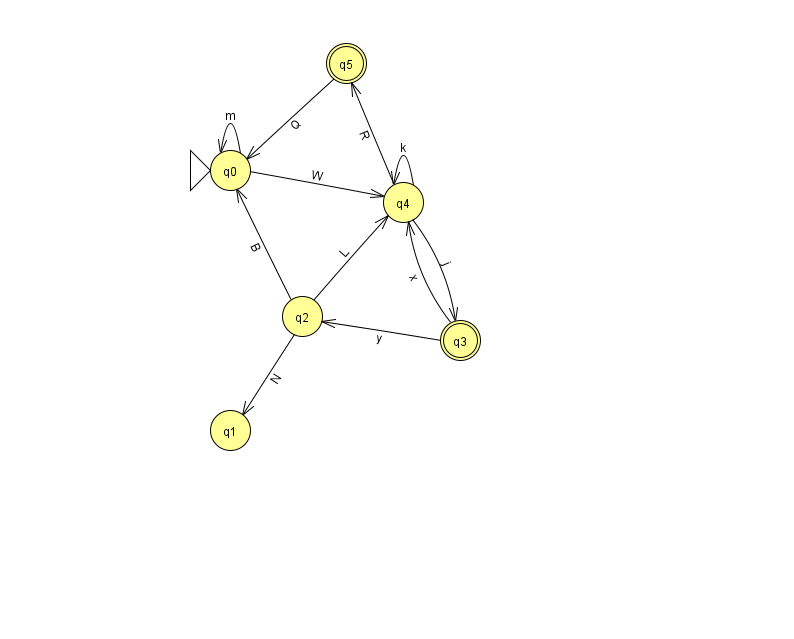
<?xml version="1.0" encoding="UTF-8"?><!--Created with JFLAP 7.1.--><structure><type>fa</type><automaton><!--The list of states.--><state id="0" name="q0"><x>230.0</x><y>157.0</y><initial/></state><state id="1" name="q1"><x>230.0</x><y>417.0</y></state><state id="2" name="q2"><x>302.0</x><y>303.0</y></state><state id="3" name="q3"><x>460.0</x><y>327.0</y><final/></state><state id="4" name="q4"><x>403.0</x><y>189.0</y></state><state id="5" name="q5"><x>346.0</x><y>50.0</y><final/></state><!--The list of transitions.--><transition><from>3</from><to>4</to><read>x</read></transition><transition><from>4</from><to>3</to><read>j</read></transition><transition><from>4</from><to>5</to><read>R</read></transition><transition><from>3</from><to>2</to><read>y</read></transition><transition><from>2</from><to>4</to><read>L</read></transition><transition><from>4</from><to>4</to><read>k</read></transition><transition><from>5</from><to>0</to><read>Q</read></transition><transition><from>0</from><to>4</to><read>W</read></transition><transition><from>2</from><to>0</to><read>B</read></transition><transition><from>2</from><to>1</to><read>N</read></transition><transition><from>0</from><to>0</to><read>m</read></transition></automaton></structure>